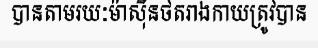
បានតាមរយៈម៉ាស៊ីនថតរាងកាយត្រូវបាន